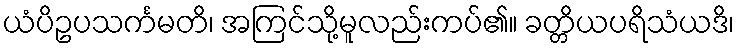
ယံပိဥပသင်္ကမတိ၊ အကြင်သို့မူလည်းကပ်၏။ ခတ္တိယပရိသံယဒိ၊